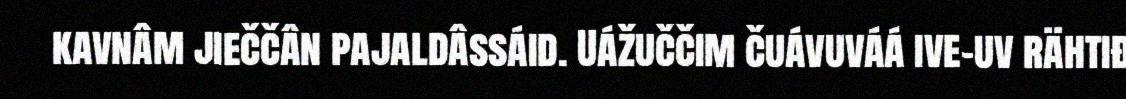
kavnâm jieččân pajaldâssáid. Uážuččim čuávuváá ive-uv rähtiđ